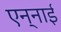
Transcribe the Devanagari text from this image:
एन्नाई